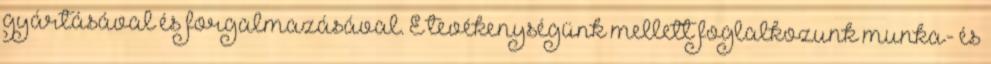
gyártásával és forgalmazásával. E tevékenységünk mellett foglalkozunk munka- és